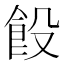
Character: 䬦